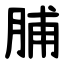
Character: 脯